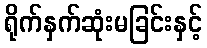
ရိုက်နှက်ဆုံးမခြင်းနှင့်